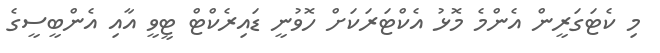
މި ކެޓަގަރީން އެންމެ މޮޅު އެކްޓަރަކަށް ހޮވުނީ ޑައިރެކްޓް ޓީވީ އާއި އެންބީސީގެ